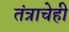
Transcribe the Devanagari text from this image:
तंत्राचेही